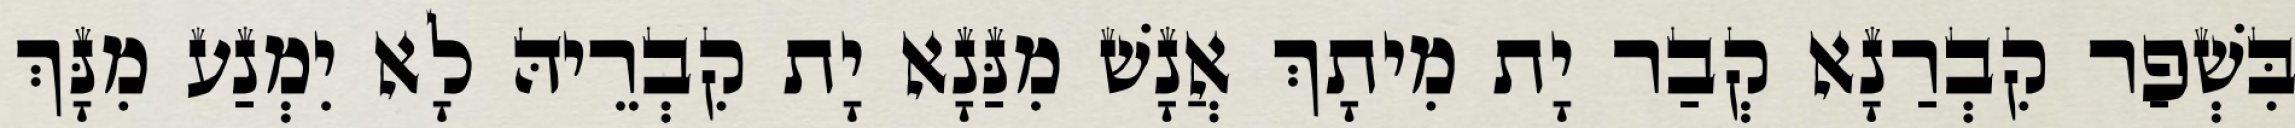
בִּשְׁפַר קִבְרַנָא קְבַר יָת מִיתָךְ אֲנָשׁ מִנַּנָא יָת קִבְרֵיהּ לָא יִמְנַע מִנָּךְ